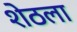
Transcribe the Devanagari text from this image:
शेठला